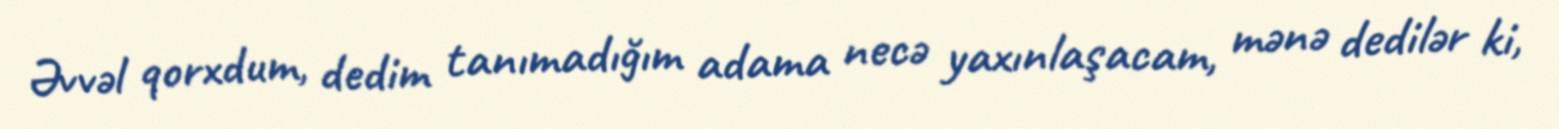
Əvvəl qorxdum, dedim tanımadığım adama necə yaxınlaşacam, mənə dedilər ki,